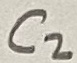
Text: C2